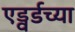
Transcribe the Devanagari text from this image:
एड्वर्डच्या